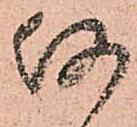
何